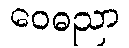
ဝေဓညာ